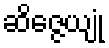
ဆိဇ္ဇေယျုံ